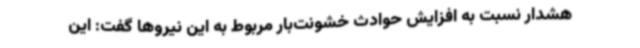
هشدار نسبت به افزایش حوادث خشونت‌بار مربوط به این نیروها گفت: این